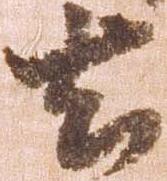
去